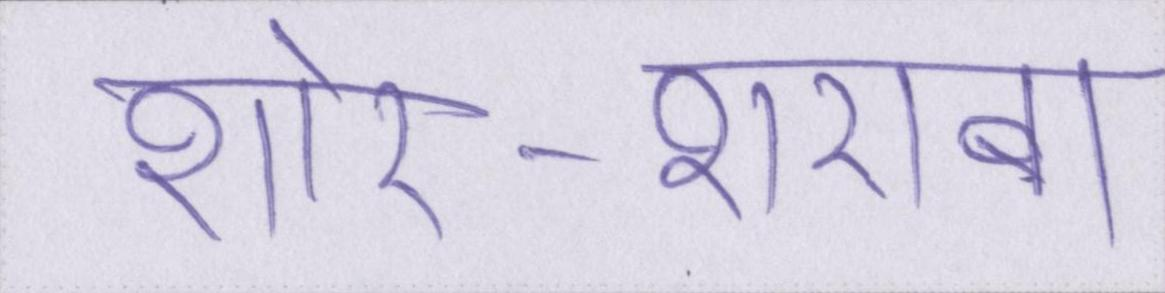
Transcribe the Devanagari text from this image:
शोर-शराबा